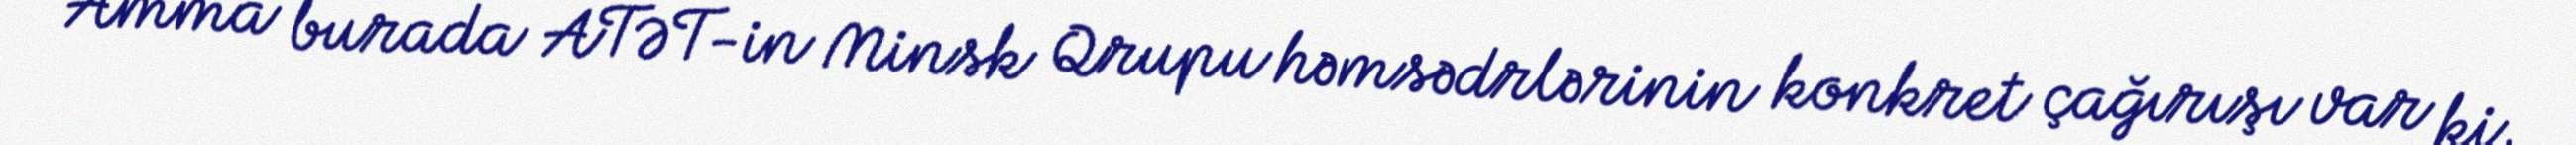
Amma burada ATƏT-in Minsk Qrupu həmsədrlərinin konkret çağırışı var ki,